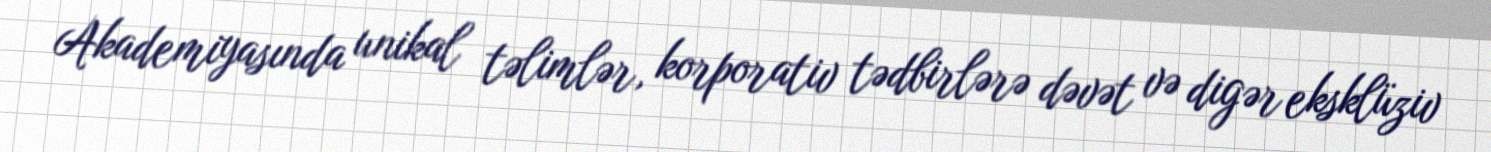
Akademiyasında unikal təlimlər, korporativ tədbirlərə dəvət və digər eksklüziv